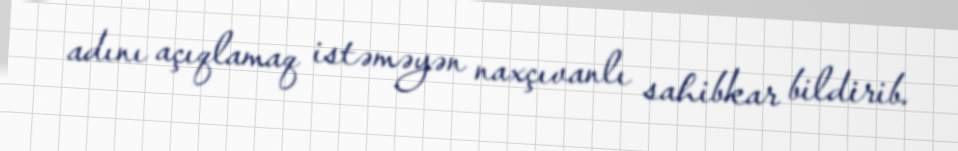
adını açıqlamaq istəməyən naxçıvanlı sahibkar bildirib.